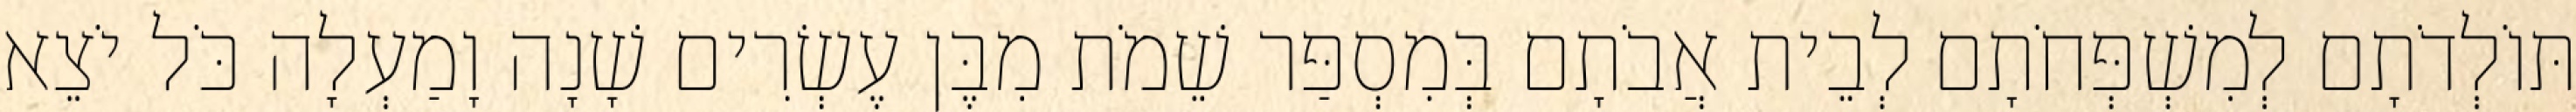
תּוֹלְדֹתָם לְמִשְׁפְּחֹתָם לְבֵית אֲבֹתָם בְּמִסְפַּר שֵׁמֹת מִבֶּן עֶשְׂרִים שָׁנָה וָמַעְלָה כֹּל יֹצֵא